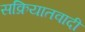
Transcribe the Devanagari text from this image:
सक्रियातवादी